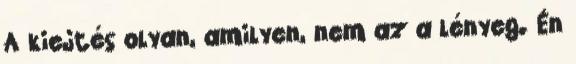
A kiejtés olyan, amilyen, nem az a lényeg. Én